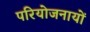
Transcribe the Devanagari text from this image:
परियोजनायों